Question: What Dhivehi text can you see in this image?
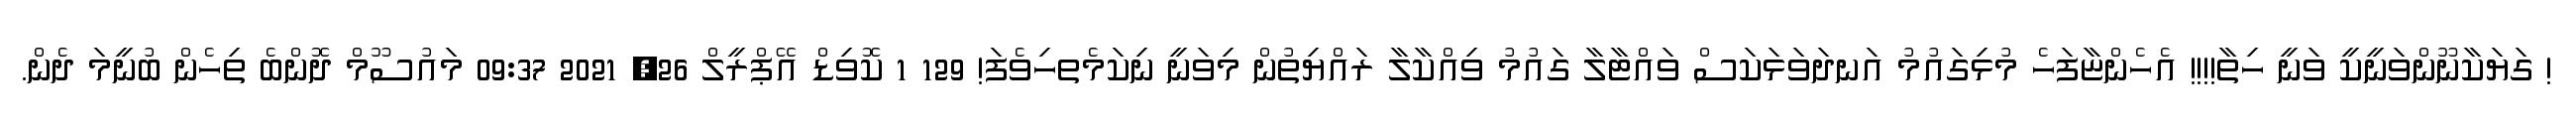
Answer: ! ގަޔަކާނޫންވަނީކީ ވަނީ ހިތާ!!!! އެހެންޏާފަހެ މުޅިގައުމު އަނދަވަޅަކަސް ވައްޓާލާ ގައުމު ވިއްކާލާ ރައްޔިތުން މިވަނީ ނިކަމެތހިވެފަ! 129 1 ކޮވިޑް އޭޕްރީލް 26, 2021 09:37 މައުސޫމް ދޮންބެ ތިހެން ބުނީމަ ދެން.